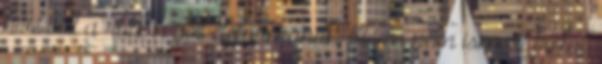
híve volt a rock’n’roll éleformának. Ebben nem ismert tréfát.